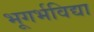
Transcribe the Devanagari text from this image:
भूगर्भविद्या